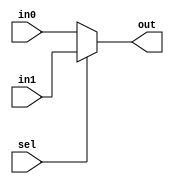
`timescale 1ns / 1ps
//Implementation of a 2:1 MUX with 10 bits inputs
//16CS10058 Lovish Chopra
//16CS10057 Himanshu Mundhra

module mux(
    input [9:0] in0,
    input [9:0] in1,
    input sel,
    output [9:0] out
    );

assign out=sel?in1:in0;   //if sel is 1, choose inp1 else choose inp2

endmodule